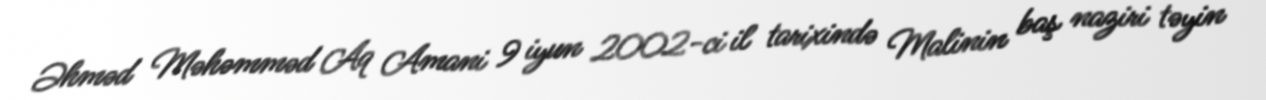
Əhməd Məhəmməd Aq Amani 9 iyun 2002-ci il tarixində Malinin baş naziri təyin